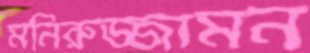
মনিরুজ্জামন